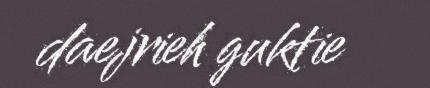
daejrieh guktie